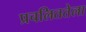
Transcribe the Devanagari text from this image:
प्रचलिततेला